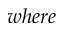
w h e r e